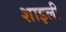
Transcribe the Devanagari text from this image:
शाइली